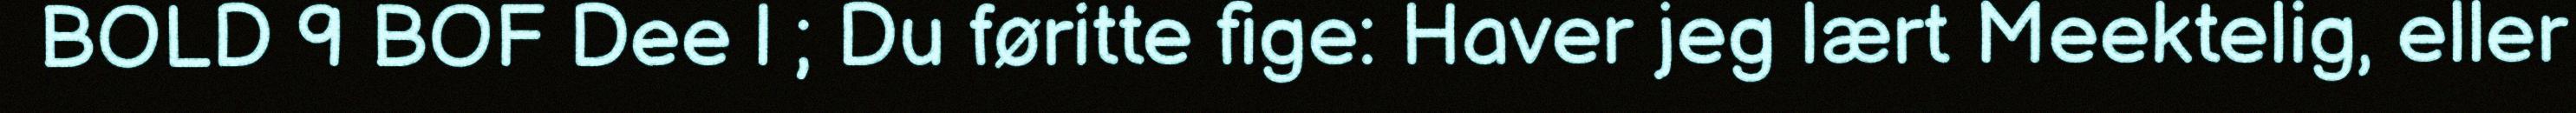
BOLD 9 BOF Dee | ; Du føritte fige: Haver jeg lært Meektelig, eller